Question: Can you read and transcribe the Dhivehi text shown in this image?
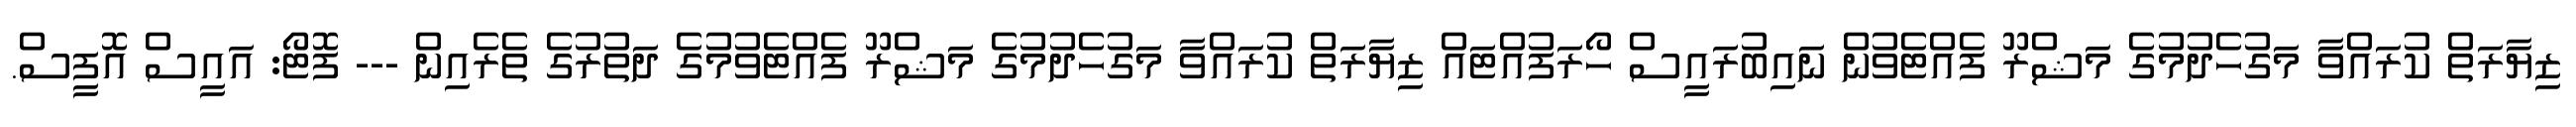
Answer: ޒިޔާރަތް ކުރައްވާ މަގުހެދުމުގެ މަޝްރޫ ފެއްޓެވުން ނައިބުރައީސް ހޯރަފުއްޓައް ޒިޔާރަތް ކުރައްވާ މަގުހެދުމުގެ މަޝްރޫ ފެއްޓެވުމުގެ ދަތުރުގެ ތެރެއިން --- ފޮޓޯ: އައީސް އޮފީސް.